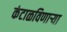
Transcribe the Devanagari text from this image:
कंटाळविणाऱ्या